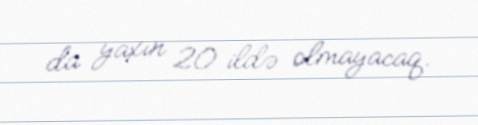
da yaxın 20 ildə olmayacaq.